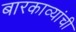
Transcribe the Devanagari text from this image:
बारकाव्यांची